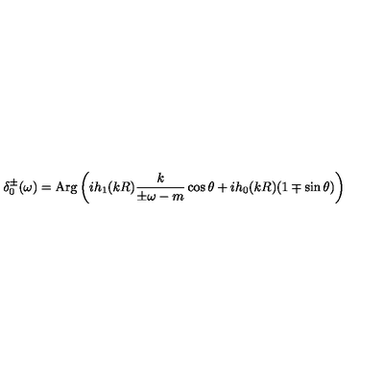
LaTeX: \delta _ { 0 } ^ { \pm } ( \omega ) = \mathrm { A r g } \left( i h _ { 1 } ( k R ) \frac { k } { \pm \omega - m } \cos \theta + i h _ { 0 } ( k R ) ( 1 \mp \sin \theta ) \right)